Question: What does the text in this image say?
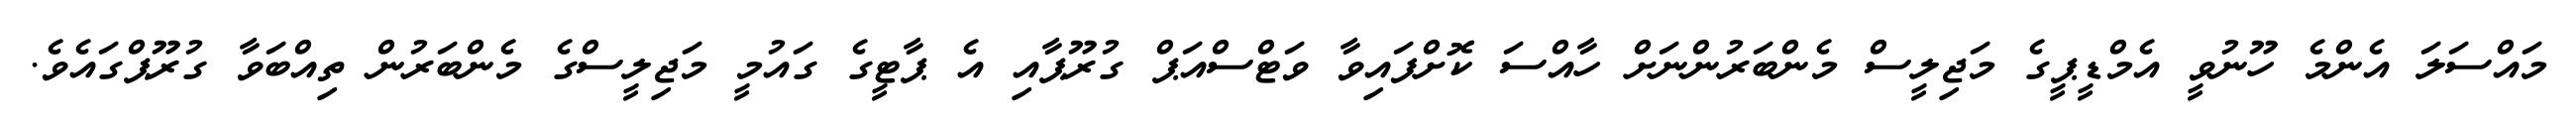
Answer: މައްސަލަ އެންމެ ހޫނުވީ އެމްޑީޕީގެ މަޖިލީސް މެންބަރުންނަށް ހާއްސަ ކޮށްފައިވާ ވަޓްސްއަޕް ގުރޫޕާއި އެ ޕާޓީގެ ގައުމީ މަޖިލީސްގެ މެންބަރުން ތިއްބަވާ ގުރޫޕްގައެވެ.